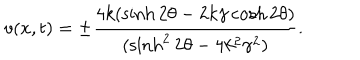
LaTeX: v ( x , t ) = \pm \frac { 4 k ( \sinh 2 \theta - 2 k \gamma \cosh 2 \theta ) } { ( \sinh ^ { 2 } 2 \theta - 4 k ^ { 2 } \gamma ^ { 2 } ) } .